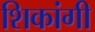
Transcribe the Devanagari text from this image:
शिकांगी